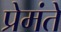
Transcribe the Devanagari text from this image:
प्रेमंते